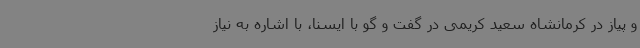
و پیاز در کرمانشاه سعید کریمی در گفت و گو با ایسنا، با اشاره به نیاز